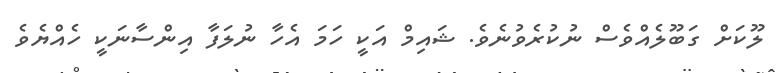
ލޫކަށް ގަބޫލެއްވެސް ނުކުރެވުނެވެ. ޝައިމް އަކީ ހަމަ އެހާ ނުލަފާ އިންސާނަކީ ހެއްޔެވެ